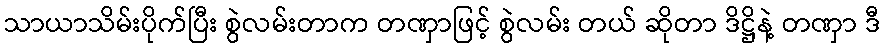
သာယာသိမ်းပိုက်ပြီး စွဲလမ်းတာက တဏှာဖြင့် စွဲလမ်း တယ် ဆိုတာ ဒိဋ္ဌိနဲ့ တဏှာ ဒီ